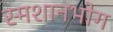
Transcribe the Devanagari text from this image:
स्मशानभोग